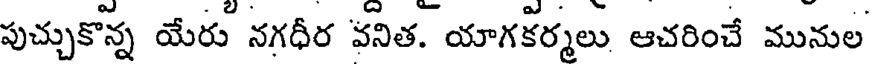
పుచ్చుకొన్న యేరు నగధీర వనిత. యాగకర్మలు ఆచరించే మునుల